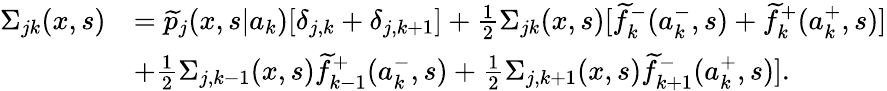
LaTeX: \begin{array}{rl}{\Sigma_{jk}(x,s)}&{=\widetilde{p}_{j}(x,s|a_{k})[\delta_{j,k}+\delta_{j,k+1}]+\frac{1}{2}\Sigma_{jk}(x,s)[\widetilde{f}_{k}^{-}(a_{k}^{-},s)+\widetilde{f}_{k}^{+}(a_{k}^{+},s)]}\\ &{+\frac{1}{2}\Sigma_{j,k-1}(x,s)\widetilde{f}_{k-1}^{+}(a_{k}^{-},s)+\frac{1}{2}\Sigma_{j,k+1}(x,s)\widetilde{f}_{k+1}^{-}(a_{k}^{+},s)].}\end{array}